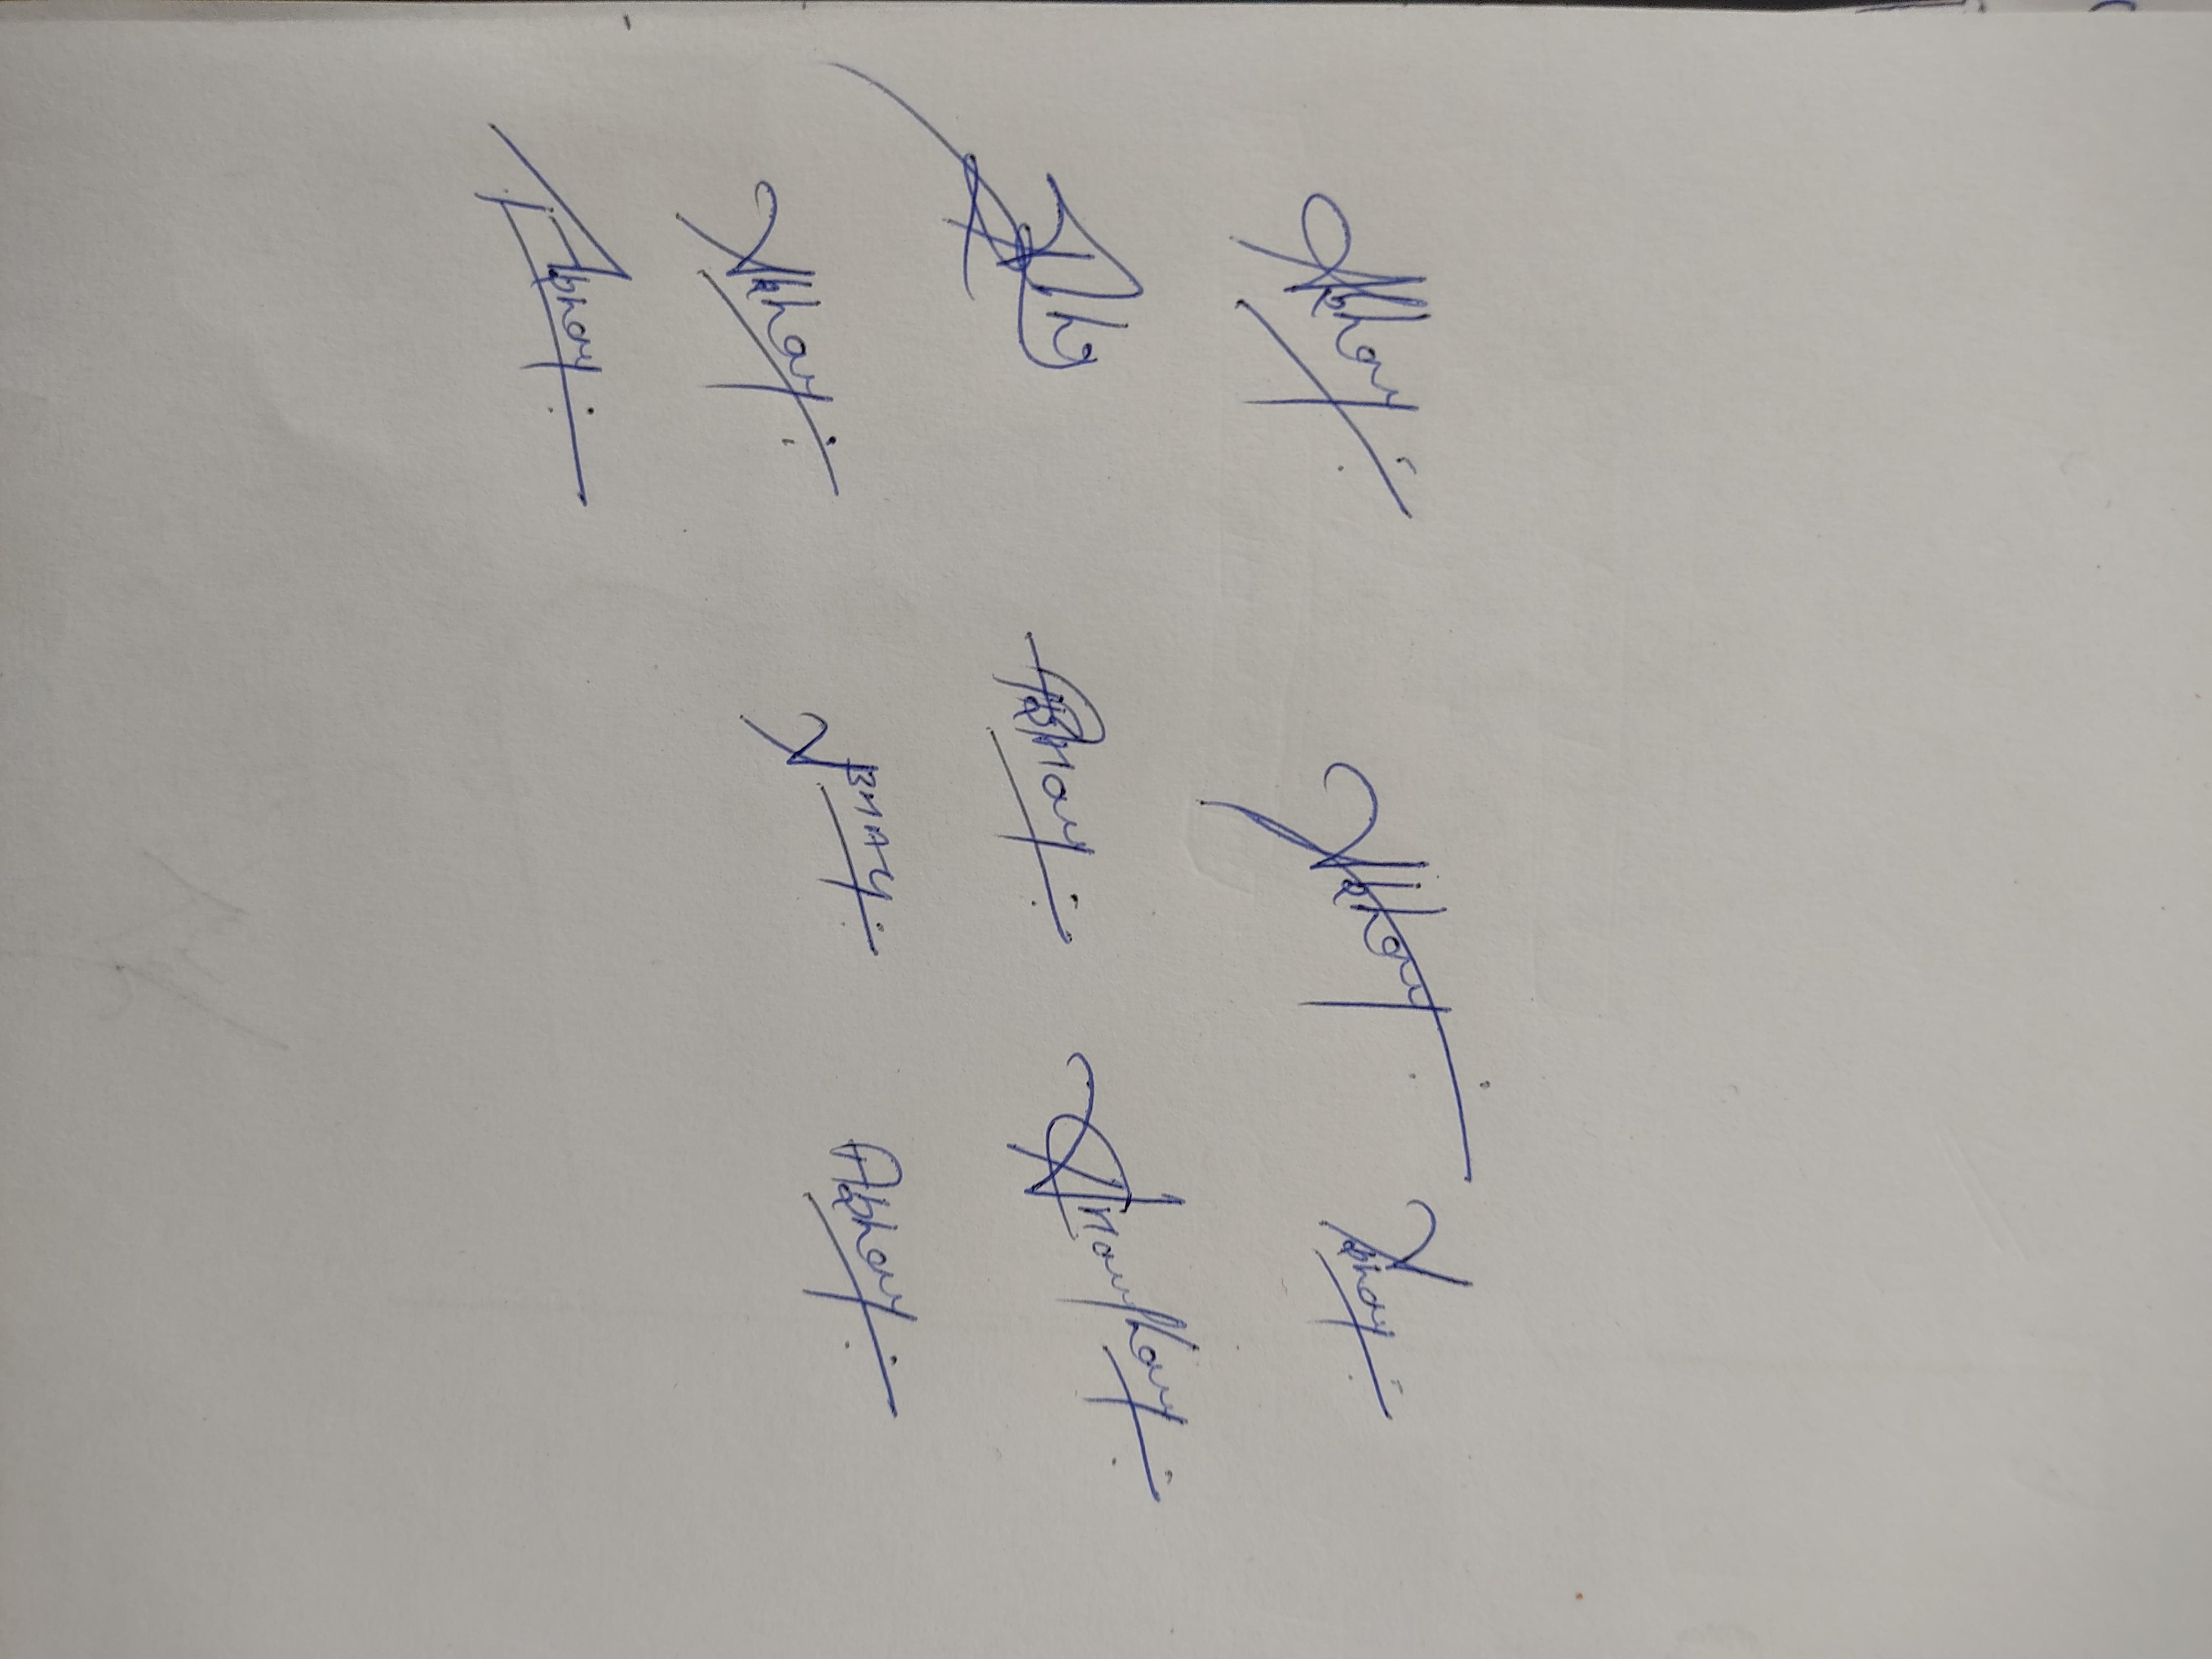
Signature authenticity: genuine